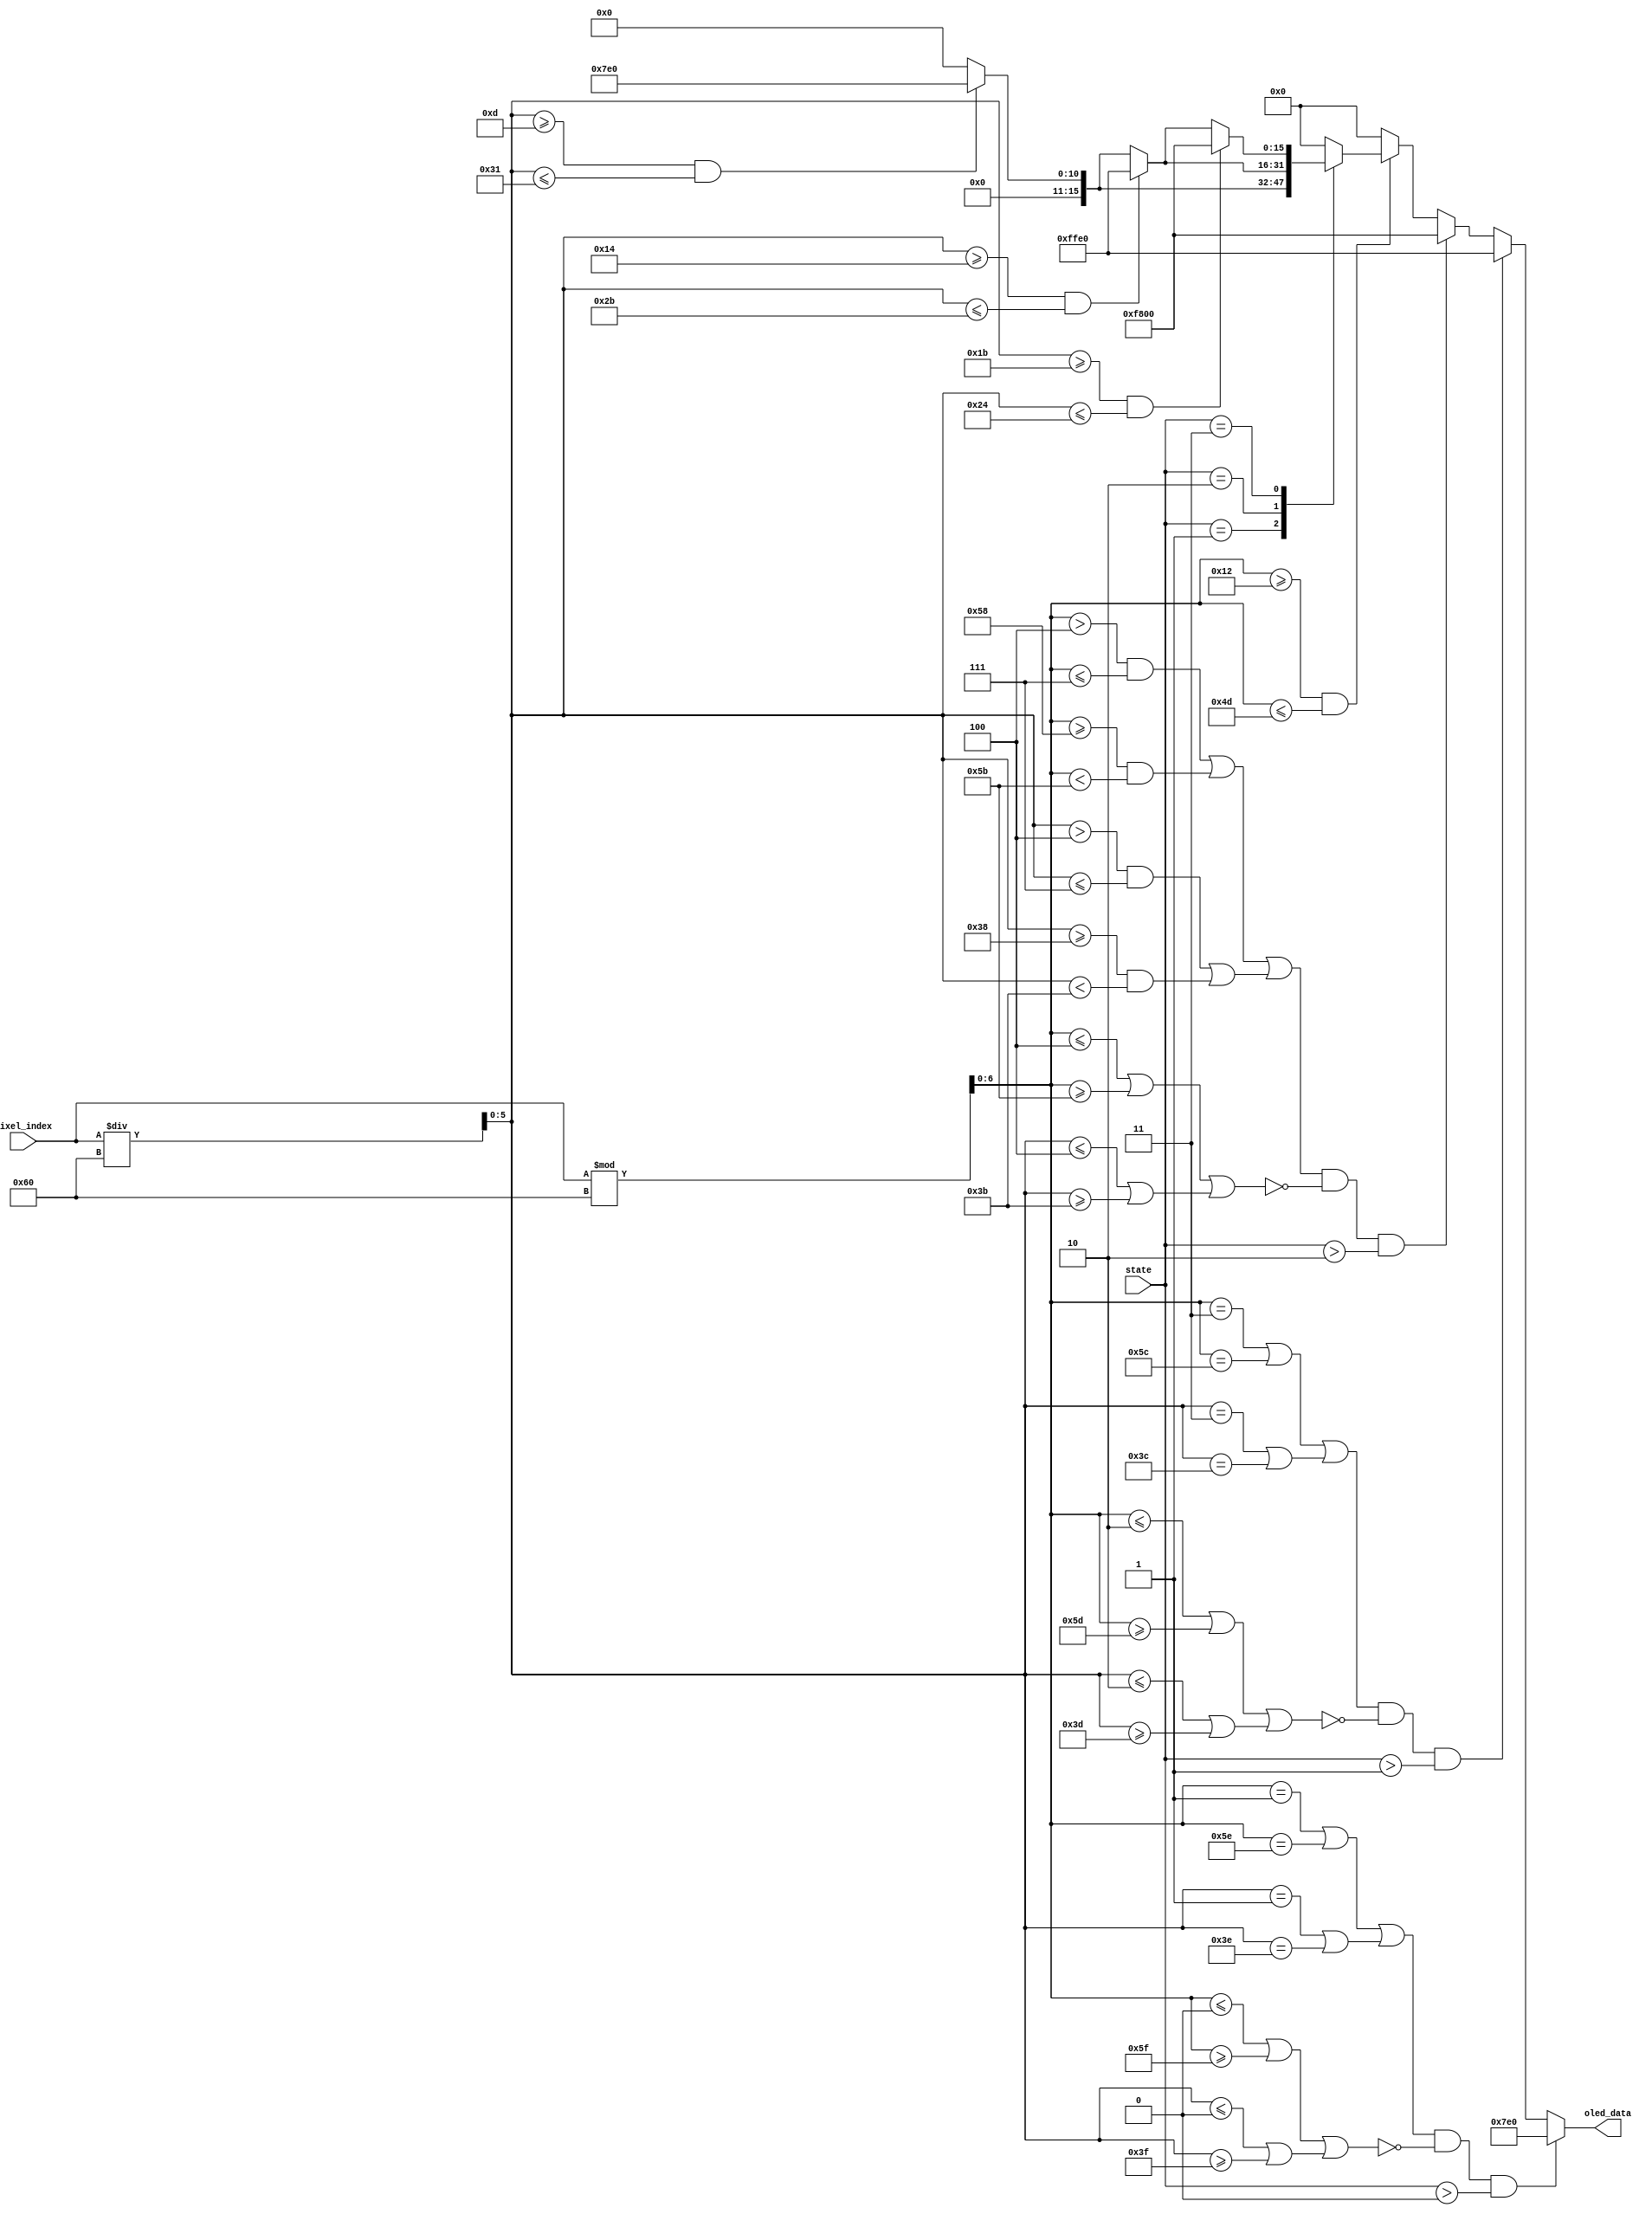
`timescale 1ns / 1ps
//////////////////////////////////////////////////////////////////////////////////
// Company: 
// Engineer: 
// 
// Design Name: 
// Module Name: OLED_Combined
// Project Name: 
// Target Devices: 
// Tool Versions: 
// Description: 
// 
// Dependencies: 
// 
// Revision:
// Revision 0.01 - File Created
// Additional Comments:
// 
//////////////////////////////////////////////////////////////////////////////////


module OLED_Combined(
    input [2:0] state,
    input [12:0] pixel_index,
    output wire [15:0]oled_data
    );
    
    wire [6:0] x;
    wire [5:0] y;
    assign x = pixel_index%96;
    assign y = pixel_index/96;
    reg [15:0] oled_out;
    assign oled_data=oled_out;
    
    
    
    always @ (*) begin
    if (x >= 18 && x <= 77) begin
                case(state)
                    3'd0: oled_out <= 16'h0;
                    3'd1: oled_out <= (y >= 13 && y <= 49) ? 16'b0000011111100000: 16'd0;
                    3'd2: oled_out <= (y >= 20 && y <= 43) ? 16'b1111111111100000: (y>=13 && y <= 49) ? 16'b0000011111100000 : 16'b0;
                    3'd3: oled_out <= (y >= 27 && y <= 36) ? 16'b1111100000000000: (y>=20 && y <= 43) ? 16'b1111111111100000 : (y>=13 && y <= 49) ? 16'b0000011111100000 : 16'b0;                    
                    default: oled_out <= 16'b0;
                endcase
            end else
                oled_out <= 16'h0000;
    if ((((x> 4 && x <= 7)||(x>= 88 && x < 91))
                   ||
                   ((y>4 && y <= 7)||(y>= 56 && y < 59)))
                   && !((x<=4 || x>=91)||(y<=4 || y>=59))&&(state>2))
                   begin
                       oled_out<=16'b11111_000000_00000;
                       end        
                   
                                       
                   if ((((x==3)||(x==92))
                   ||
                   ((y==3)||(y==60)))
                   && !((x<=2 ||x>=93)||(y<=2 || y>=61))&&(state>1))
                   begin
                        oled_out<=16'b11111_111111_00000;
                        end
                   
                   
                        
                   if ((((x==1)||(x==94))
                   ||
                   ((y==1)||(y==62)))
                   && !((x<=0 || x>=95)||(y<=0 || y>=63))&&(state>0))
                   begin
                        oled_out<=16'b00000_111111_00000;
                        end  
                        end 
        
endmodule